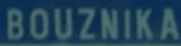
BOUZNIKA